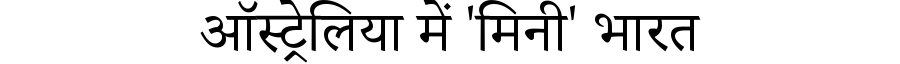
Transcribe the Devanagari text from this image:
ऑस्ट्रेलिया में 'मिनी' भारत